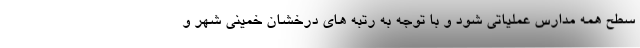
سطح همه مدارس عملیاتی شود و با توجه به رتبه های درخشان خمینی شهر و